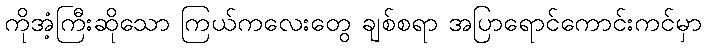
ကိုအံ့ကြီးဆိုသော ကြယ်ကလေးတွေ ချစ်စရာ အပြာရောင်ကောင်းကင်မှာ